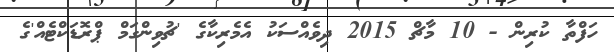
ހަފްތާ ކުރިން - 10 މާޗް 2015 ދިވެއްސަކު އެމެރިކާގެ 'ޗުވިންގަމް ޕްރޮޑަކްޓެއް'ގެ